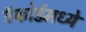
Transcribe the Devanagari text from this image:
ट्रॅफोर्डमध्ये